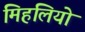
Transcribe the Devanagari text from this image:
मिहलियो